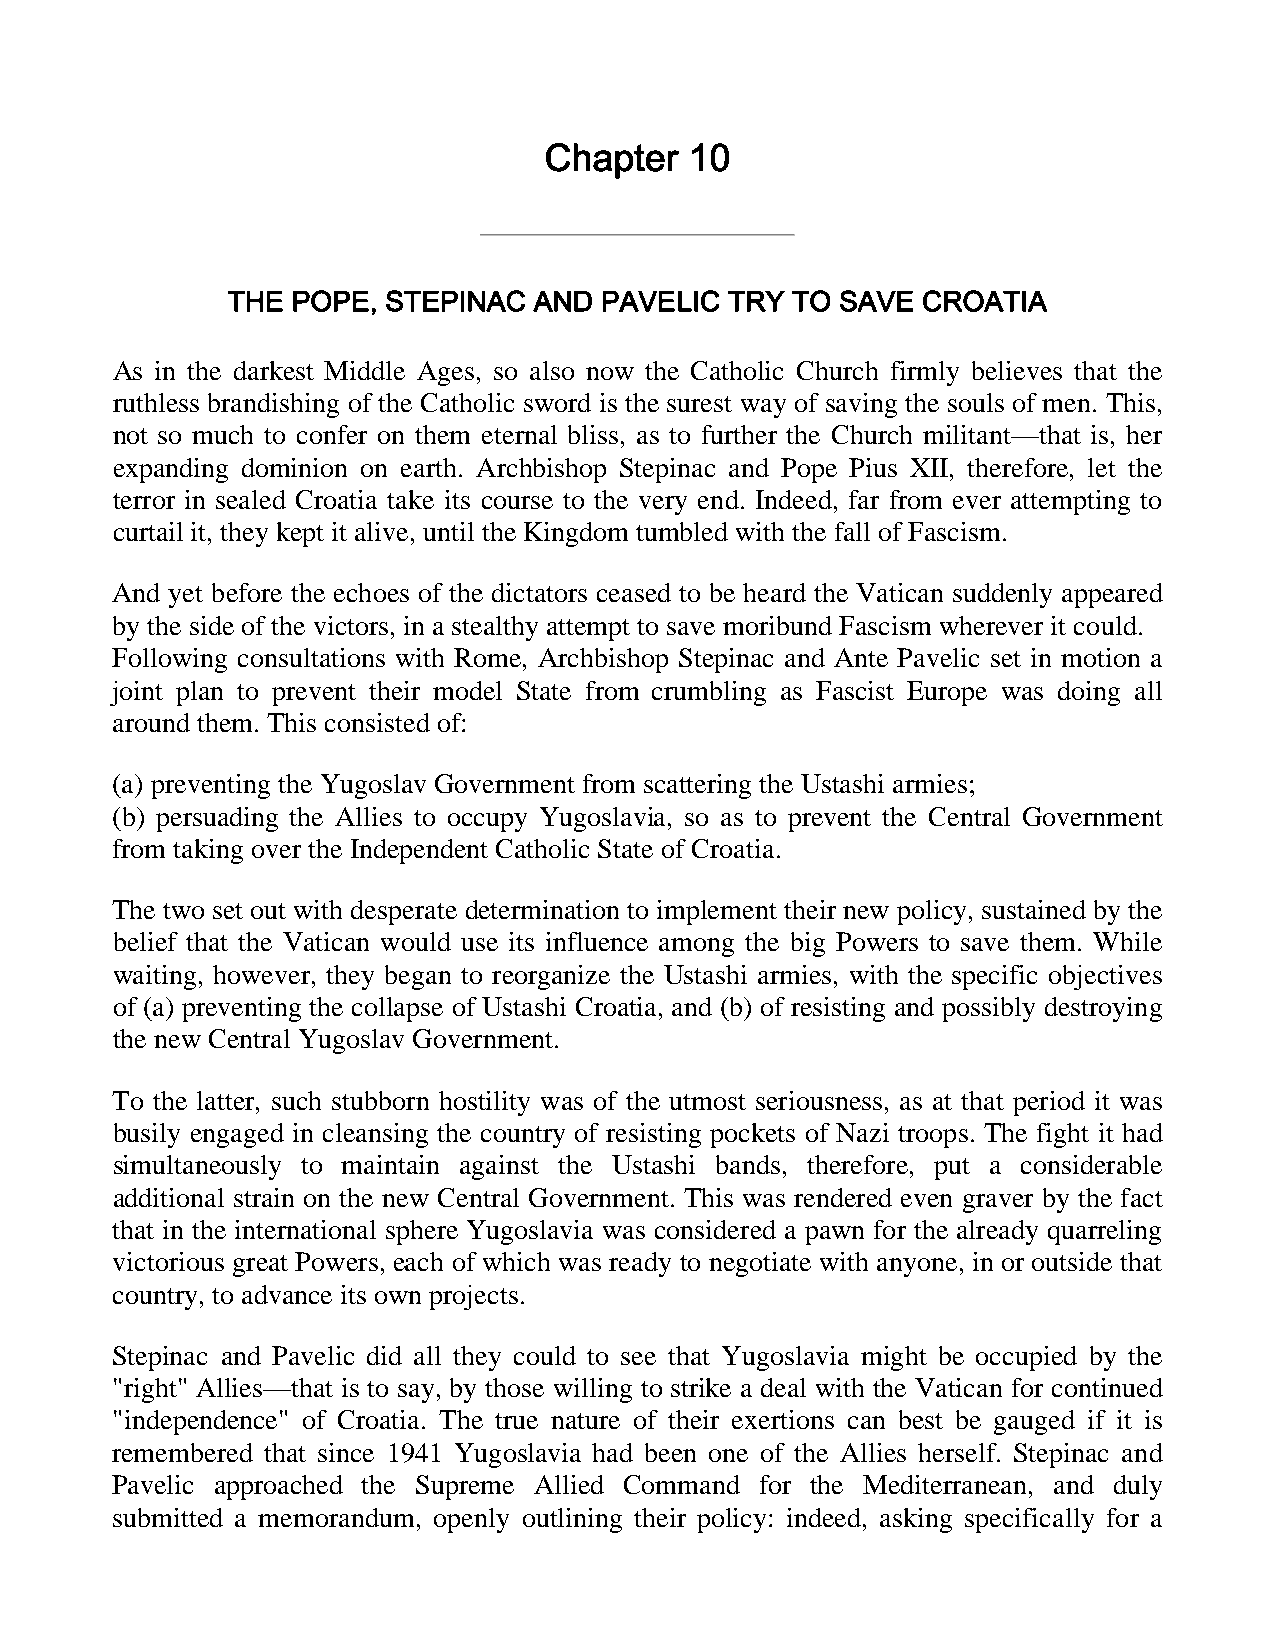
Chapter   10
 THE POPE,  STEPINAC AND  PAVELIC TRY TO  SAVE CROATIA
 As in the darkest Middle Ages, so also now the Catholic Church firmly believes that the
 ruthless brandishing of the Catholic sword is the surest way of saving the souls of men. This,
 not so much to confer on them eternal bliss, as to further the Church militant—that is, her
 expanding dominion on earth. Archbishop Stepinac and Pope Pius XII, therefore, let the
 terror in sealed Croatia take its course to the very end. Indeed, far from ever attempting to
 curtail it, they kept it alive, until the Kingdom tumbled with the fall of Fascism.
 And yet before the echoes of the dictators ceased to be heard the Vatican suddenly appeared
 by the side of the victors, in a stealthy attempt to save moribund Fascism wherever it could.
 Following consultations with Rome, Archbishop Stepinac and Ante Pavelic set in motion a
 joint plan to prevent their model State from crumbling as Fascist Europe was doing all
 around them. This consisted of:
 (a) preventing the Yugoslav Government from scattering the Ustashi armies;
 (b) persuading the Allies to occupy Yugoslavia, so as to prevent the Central Government
 from taking over the Independent Catholic State of Croatia.
 The two set out with desperate determination to implement their new policy, sustained by the
 belief that the Vatican would use its influence among the big Powers to save them. While
 waiting, however, they began to reorganize the Ustashi armies, with the specific objectives
 of (a) preventing the collapse of Ustashi Croatia, and (b) of resisting and possibly destroying
 the new Central Yugoslav Government.
 To the latter, such stubborn hostility was of the utmost seriousness, as at that period it was
 busily engaged in cleansing the country of resisting pockets of Nazi troops. The fight it had
 simultaneously to maintain against the Ustashi bands, therefore, put a considerable
 additional strain on the new Central Government. This was rendered even graver by the fact
 that in the international sphere Yugoslavia was considered a pawn for the already quarreling
 victorious great Powers, each of which was ready to negotiate with anyone, in or outside that
 country, to advance its own projects.
 Stepinac and Pavelic did all they could to see that Yugoslavia might be occupied by the
 "right" Allies—that is to say, by those willing to strike a deal with the Vatican for continued
 "independence" of Croatia. The true nature of their exertions can best be gauged if it is
 remembered that since 1941 Yugoslavia had been one of the Allies herself. Stepinac and
 Pavelic approached the Supreme Allied Command for the Mediterranean, and duly
 submitted a memorandum, openly outlining their policy: indeed, asking specifically for a